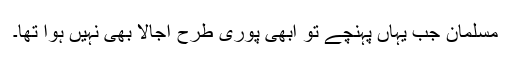
مسلمان جب یہاں پہنچے تو ابھی پوری طرح اجالا بھی نہیں ہوا تھا۔